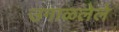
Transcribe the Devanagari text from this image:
उगाळलेले